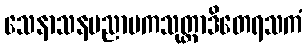
သေနာသနပညာပကသုတ္တာဒိတေရသကံ